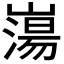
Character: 𡼍